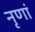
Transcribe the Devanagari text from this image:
नृणां